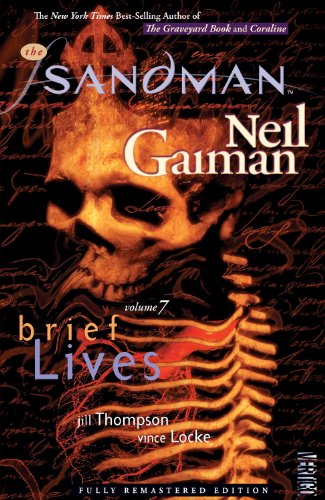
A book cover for The Sandman Vol. 7: Brief Lives; Neil Gaiman; Comics & Graphic Novels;